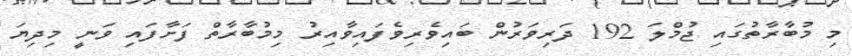
މި މުބާރާތުގައި ޖުމްލަ 192 ދަރިވަރުން ބައިވެރިވެފައިވާއިރު މިމުބާރާތް ފަށާފައި ވަނީ މިދިޔަ